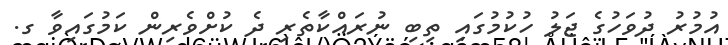
އުމުރު ދުވަހުގެ ޖަލު ހުކުމުގައި ތިބި ނުރައްކާތެރި ދެ ކުށްވެރިން ކަމުގައިވާ ގ.